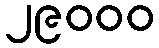
၂၉၀၀၀